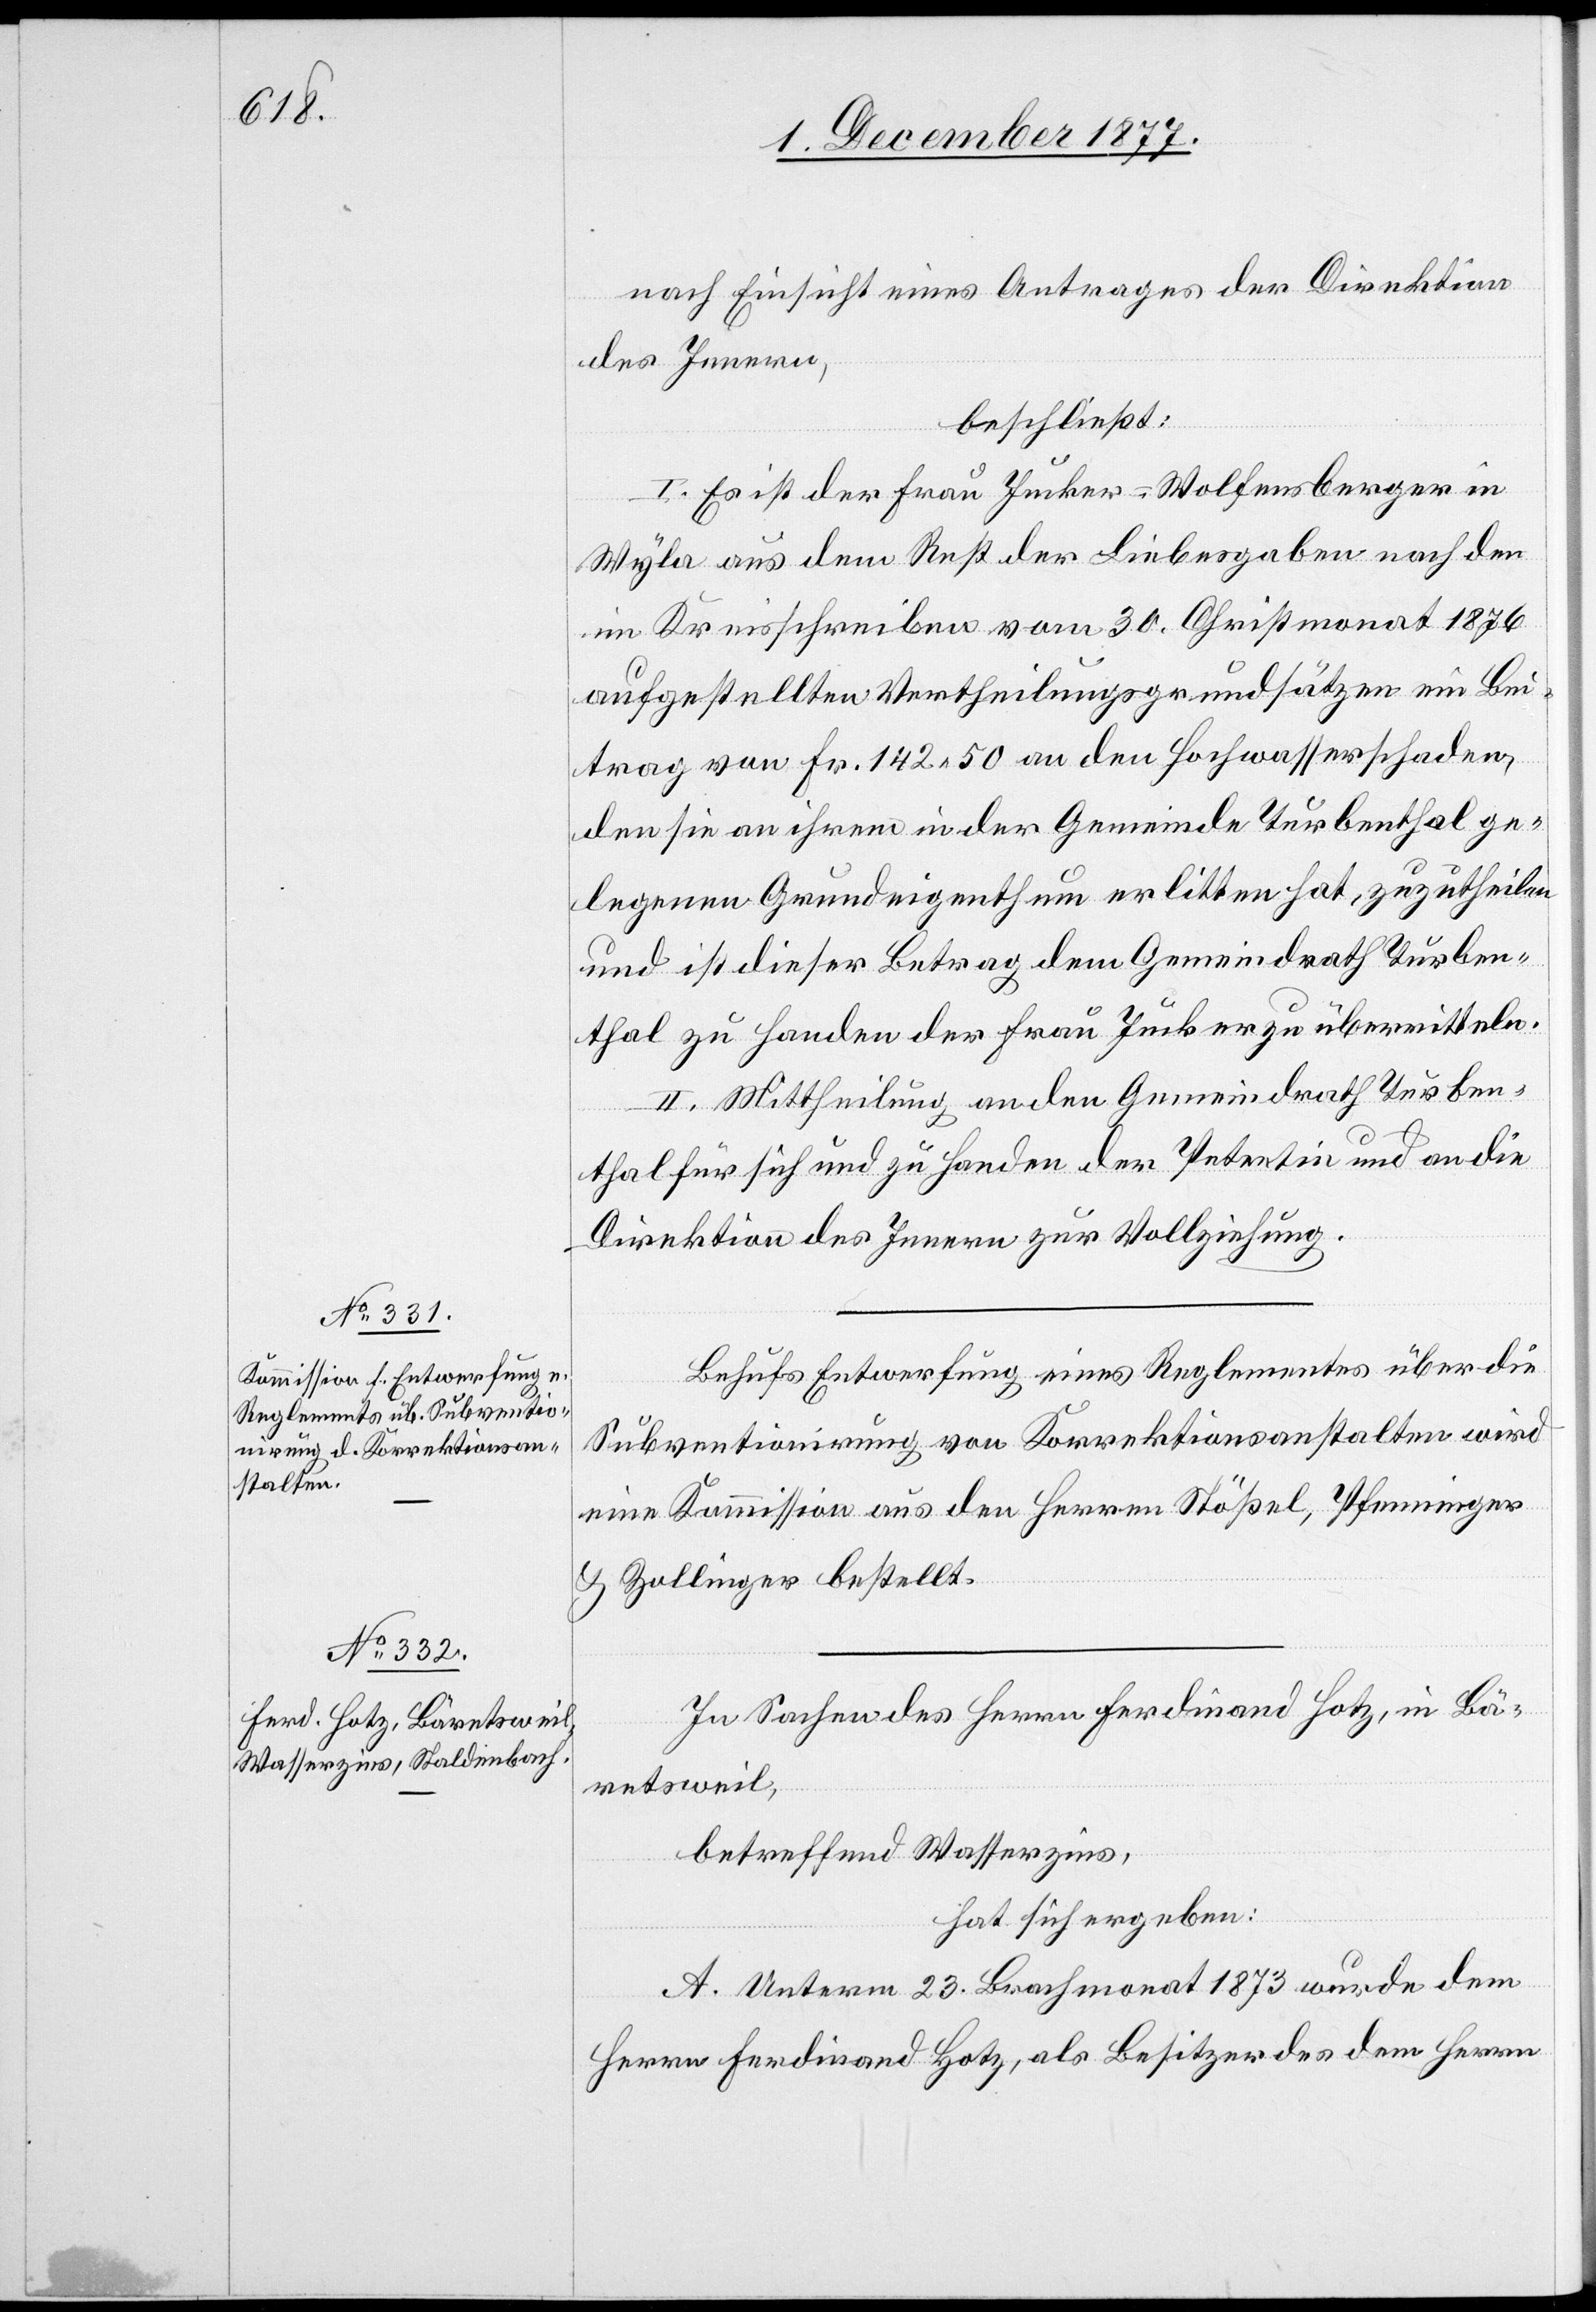
nach Einsicht eines Antrages der Direktion
des Innern,
beschließt:
I. Es ist der Frau Jucker-Wolfensberger in
Wyla aus dem Rest der Liebesgaben nach den
im Kreisschreiben vom 30. Christmonat 1876
aufgestellten Vertheilungsgrundsätzen ein Bei¬
trag von Fr. 142 50 an den Hochwasserschaden,
den sie an ihrem in der Gemeinde Turbenthal ge¬
legenen Grundeigenthum erlitten hat, zuzutheilen
und ist dieser Betrag dem Gemeindrath Turben¬
thal zu Handen der Frau Jucker zu übermitteln.
II. Mittheilung an den Gemeindrath Turben¬
thal für sich und zu Handen der Petentin und an die
Direktion des Innern zur Vollziehung.
Behufs Entwerfung eines Reglementes über die
Subventionirung von Korrektionsanstalten wird
eine Kommission aus den Herren Stößel, Pfenninger
& Zollinger bestellt.
In Sachen des Herrn Ferdinand Hotz, in Bä¬
retsweil,
betreffend Wasserzins,
hat sich ergeben:
A. Unterm 23. Brachmonat 1873 wurde dem
Herrn Ferdinand Hotz, als Besitzer des dem Herrn